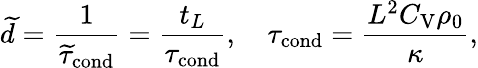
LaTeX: \widetilde{d}=\frac{1}{\widetilde{\tau}_{\mathrm{cond}}}=\frac{t_{L}}{\tau_{\mathrm{cond}}},\quad\tau_{\mathrm{cond}}=\frac{L^{2}C_{\mathrm{V}}\rho_{0}}{\kappa},